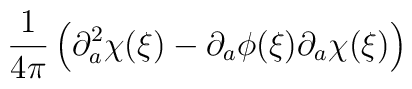
\frac{1}{4\pi}\left(\partial_{a}^{2}\chi(\xi)-\partial_{a}\phi(\xi)\partial_{a}\chi(\xi)\right)